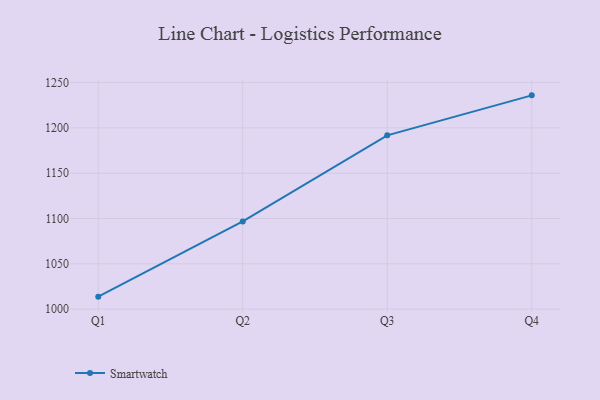
{"axis": {"x": "Quarter", "y": "Churn Rate (%)"}, "legend": ["Smartwatch"], "data": [{"x": "Q1", "y": 1013.8, "type": "Smartwatch"}, {"x": "Q2", "y": 1096.8, "type": "Smartwatch"}, {"x": "Q3", "y": 1191.8, "type": "Smartwatch"}, {"x": "Q4", "y": 1235.9, "type": "Smartwatch"}]}